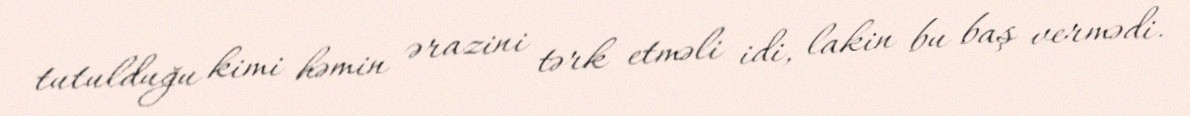
tutulduğu kimi həmin ərazini tərk etməli idi, lakin bu baş vermədi.